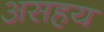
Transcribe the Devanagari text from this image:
असहय